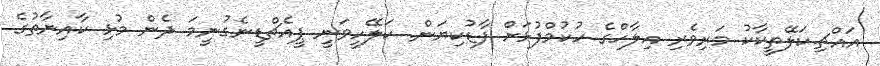
އައްޗި.ކަލޭތީކާކު މަރިވެރި އިލާހްގެ ހުކުމްފުޅަށް ފާޑުކިޔަން. ކަލޭހީވަނީ ޕީއެޗްޑީނެގުނީމަ ދެން މުޅި ކާއިނާތުގެ